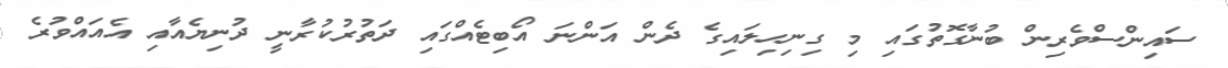
ސައިންސްވެރިން ބުނާގޮތުގައި މި ގިނިހިލައިގެ ދެން އަންނަ އޯބިޓެއްގައި ދަތުރުކުރާނީ ދުނިޔެއާއި އެއައްވުރެ